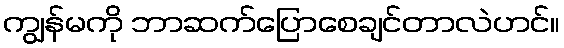
ကျွန်မကို ဘာဆက်ပြောစေချင်တာလဲဟင်။